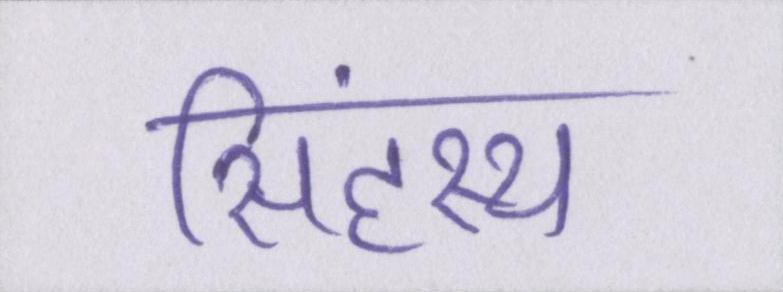
सिंहस्थ